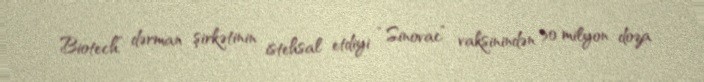
Biotech” dərman şirkətinin istehsal etdiyi “Sinovac” vaksinindən 50 milyon doza